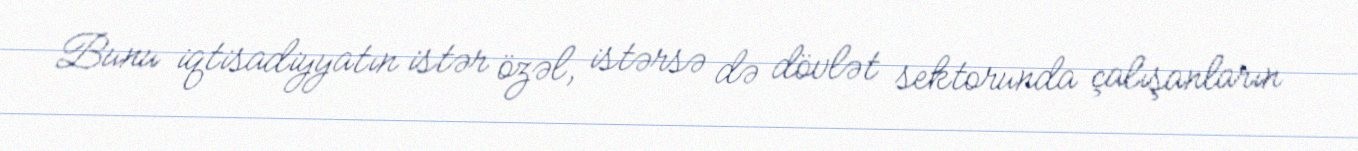
Bunu iqtisadiyyatın istər özəl, istərsə də dövlət sektorunda çalışanların